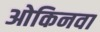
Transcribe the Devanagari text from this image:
ओकिनवा